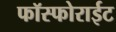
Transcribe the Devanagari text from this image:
फॉस्फोराईट